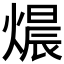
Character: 𤍴